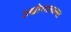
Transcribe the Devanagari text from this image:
उद्योगातल्या